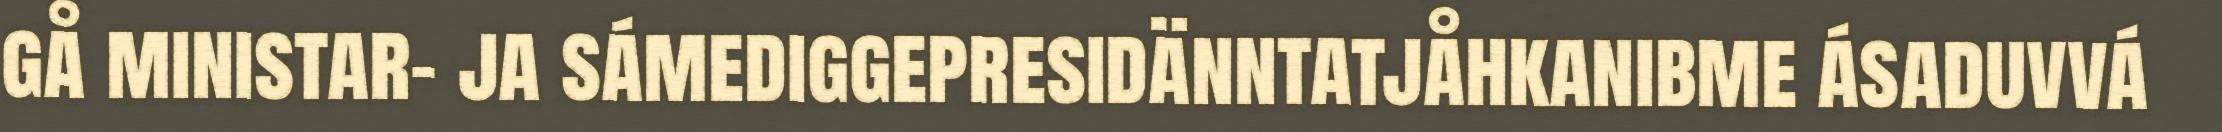
gå ministar- ja sámediggepresidänntatjåhkanibme ásaduvvá